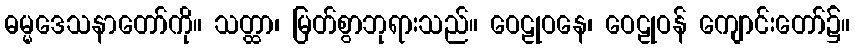
ဓမ္မဒေသနာတော်ကို။ သတ္ထာ၊ မြတ်စွာဘုရားသည်။ ဝေဠုဝနေ၊ ဝေဠုဝန် ကျောင်းတော်၌။